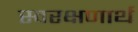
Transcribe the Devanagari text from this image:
स्वरक्षणार्थ